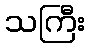
သကြီး